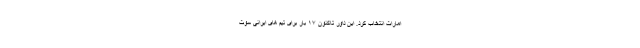
امارات انتخاب کرد. این داور تاکنون ۱۷ بار برای تیم های ایرانی سوت